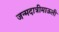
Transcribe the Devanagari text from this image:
जन्मदात्रीमाऊली